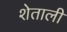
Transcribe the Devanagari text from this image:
शेताली